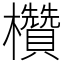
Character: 欑